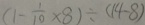
( 1 - \frac { 1 } { 1 0 } \times 8 ) \div ( 1 4 - 8 )